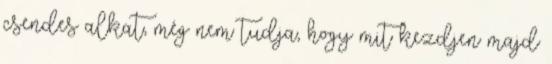
csendes alkat, még nem tudja, hogy mit kezdjen majd